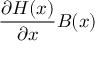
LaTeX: { \frac { \partial H ( x ) } { \partial x } } B ( x )